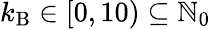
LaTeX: k_{\mathrm{B}}\in[0,10)\subseteq\mathbb{N}_{0}